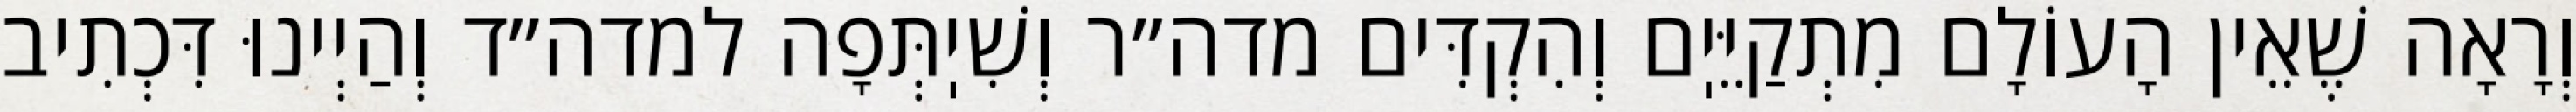
וְרָאָה שֶׁאֵין הָעוֹלָם מִתְקַיֵּיֽם וְהִקְדִּים מדה״ר וְשִׁיֽתְּפָה למדה״ד וְהַיְינוּ דִּכְתִיב